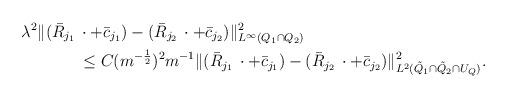
LaTeX: \begin{align*} \lambda^2\Vert (\bar{R}_{j_1} \, & \cdot + \bar{c}_{j_1}) - (\bar{R}_{j_2} \, \cdot + \bar{c}_{j_2})\Vert^2_{L^\infty(Q_1 \cap Q_2)} \\& \le C(m^{-\frac{1}{2}})^2 m^{-1} \Vert (\bar{R}_{j_1} \, \cdot + \bar{c}_{j_1}) - (\bar{R}_{j_2} \, \cdot + \bar{c}_{j_2})\Vert^2_{L^2(\tilde{Q}_1 \cap \tilde{Q}_2 \cap U_Q)}. \end{align*}